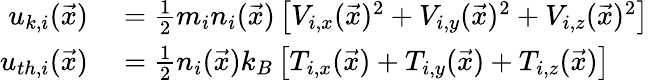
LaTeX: \begin{array}{rl}{u_{k,i}(\vec{x})}&{{}=\frac{1}{2}m_{i}n_{i}(\vec{x})\left[V_{i,x}(\vec{x})^{2}+V_{i,y}(\vec{x})^{2}+V_{i,z}(\vec{x})^{2}\right]}\\ {u_{th,i}(\vec{x})}&{{}=\frac{1}{2}n_{i}(\vec{x})k_{B}\left[T_{i,x}(\vec{x})+T_{i,y}(\vec{x})+T_{i,z}(\vec{x})\right]}\end{array}